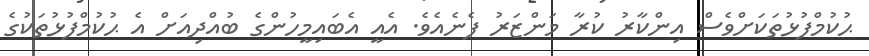
ޙުކުމްފުޅުތަކަށްވެސް އިންކާރު ކުރާ މަންޒަރު ފެނެއެވެ. އެއީ އެބައިމީހުންގެ ބުއްދިއަށް އެ ޙުކުމްފުޅުތަކުގެ